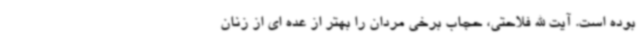
بوده است. آیت الله فلاحتی، حجاب برخی مردان را بهتر از عده ای از زنان